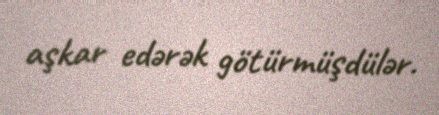
aşkar edərək götürmüşdülər.